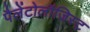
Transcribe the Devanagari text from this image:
पैलेंटोलॉजिस्ट